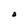
Character: o